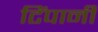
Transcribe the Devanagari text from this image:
टिंपानी